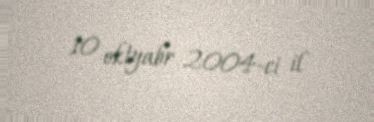
10 oktyabr 2004-ci il